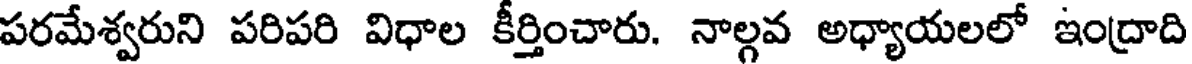
పరమేశ్వరుని పరిపరి విధాల కీర్తించారు. నాల్గవ అధ్యాయలలో ఇంద్రాది